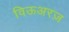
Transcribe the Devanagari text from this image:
विऊअरज़